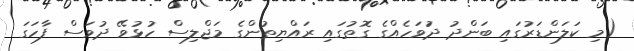
(މި ކަލަންޑަރުގައި ބަންދު ދުަވަހެއްގެ ގޮތުގައި ރައްޔިތުންގެ މަޖްލިސް ހުޅުވޭ ދުވަސް ފާހަގަ